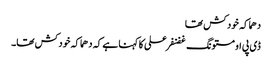
دھماکہ خودکش تھا
ڈی پی او مستونگ غضنفر علی کا کہنا ہے کہ دھماکہ خودکش تھا۔